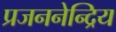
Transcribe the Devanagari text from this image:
प्रजननेन्द्रिय